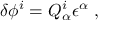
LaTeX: \delta \phi ^ { i } = Q _ { \alpha } ^ { i } \epsilon ^ { \alpha } \ ,